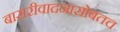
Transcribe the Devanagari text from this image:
बासरीवादनासोबतच